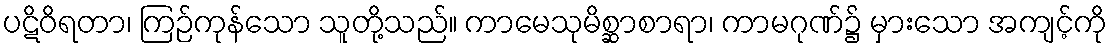
ပဋိဝိရတာ၊ ကြဉ်ကုန်သော သူတို့သည်။ ကာမေသုမိစ္ဆာစာရာ၊ ကာမဂုဏ်၌ မှားသော အကျင့်ကို